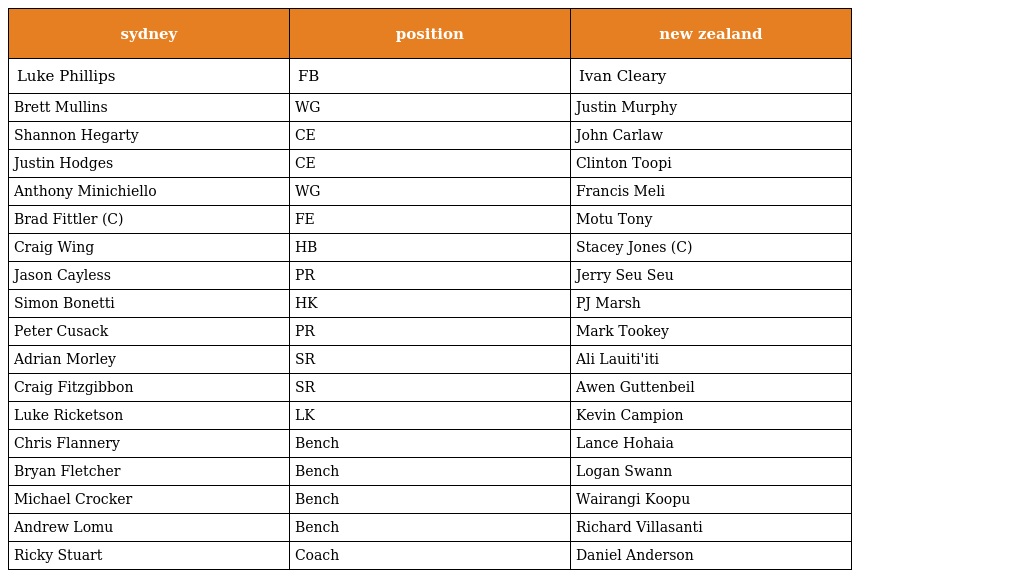
| sydney | position | new zealand |
 | --- | --- | --- |
 | Luke Phillips | FB | Ivan Cleary |
 | Brett Mullins | WG | Justin Murphy |
 | Shannon Hegarty | CE | John Carlaw |
 | Justin Hodges | CE | Clinton Toopi |
 | Anthony Minichiello | WG | Francis Meli |
 | Brad Fittler (C) | FE | Motu Tony |
 | Craig Wing | HB | Stacey Jones (C) |
 | Jason Cayless | PR | Jerry Seu Seu |
 | Simon Bonetti | HK | PJ Marsh |
 | Peter Cusack | PR | Mark Tookey |
 | Adrian Morley | SR | Ali Lauiti'iti |
 | Craig Fitzgibbon | SR | Awen Guttenbeil |
 | Luke Ricketson | LK | Kevin Campion |
 | Chris Flannery | Bench | Lance Hohaia |
 | Bryan Fletcher | Bench | Logan Swann |
 | Michael Crocker | Bench | Wairangi Koopu |
 | Andrew Lomu | Bench | Richard Villasanti |
 | Ricky Stuart | Coach | Daniel Anderson |